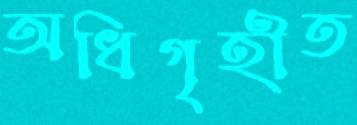
অধিগৃহীত